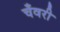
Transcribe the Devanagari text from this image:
चँवरी